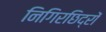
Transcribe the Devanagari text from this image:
निगिरछिद्रों